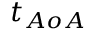
t _ { A o A }